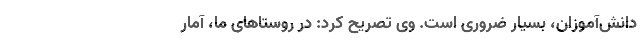
دانش‌آموزان، بسیار ضروری است. وی تصریح کرد: در روستاهای ما، آمار